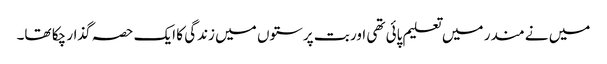
میں نے مندر میں تعلیم پائی تھی اور بت پرستوں میں زندگی کا ایک حصہ گذار چکا تھا۔